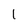
Character: 1